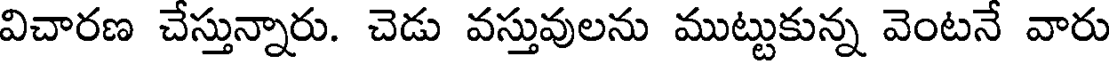
విచారణ చేస్తున్నారు. చెడు వస్తువులను ముట్టుకున్న వెంటనే వారు